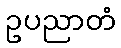
ဥပညာတံ